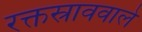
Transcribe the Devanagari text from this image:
रक्तस्राववाले